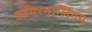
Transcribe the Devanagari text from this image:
अमिरतालिंगम